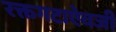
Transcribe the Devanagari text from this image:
रक्तगटाऐवजी